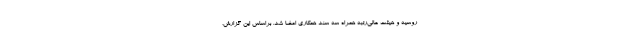
روسیه و هیئت عالی‌رتبه همراه سه سند همکاری امضا شد. براساس این گزارش،